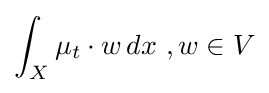
\int _{X}\mu _{t}\cdot w\,dx\ ,w\in V